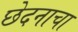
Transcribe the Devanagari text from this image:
छेदनाचा